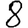
Digit: 8